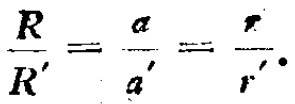
$\frac{R}{R'}=\frac{a}{a'}=\frac{r}{r'}.$